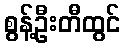
စွန့်ဦးတီထွင်